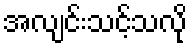
အလျင်းသင့်သလို